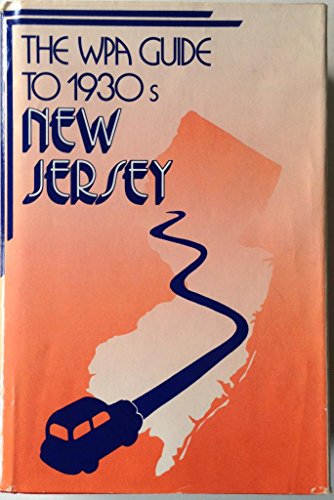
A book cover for The WPA Guide to 1930s New Jersey (American Guide); WPA; Travel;